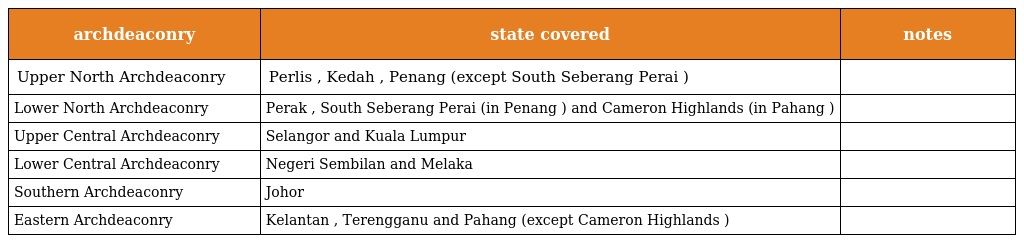
| archdeaconry | state covered | notes |
 | --- | --- | --- |
 | Upper North Archdeaconry | Perlis , Kedah , Penang (except South Seberang Perai ) |  |
 | Lower North Archdeaconry | Perak , South Seberang Perai (in Penang ) and Cameron Highlands (in Pahang ) |  |
 | Upper Central Archdeaconry | Selangor and Kuala Lumpur |  |
 | Lower Central Archdeaconry | Negeri Sembilan and Melaka |  |
 | Southern Archdeaconry | Johor |  |
 | Eastern Archdeaconry | Kelantan , Terengganu and Pahang (except Cameron Highlands ) |  |